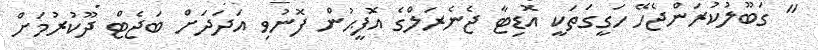
" ގަބޫލުކުރަންޖެހޭ ހަގީގަތަކީ އޮޑިޓާ ޖެނެރަލްގެ އޮފީޙުން ފޮނުވި އަދަދަށް ބަޖެޓް ދޫކުރުމަށް